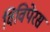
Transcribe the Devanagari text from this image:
विविपेरस